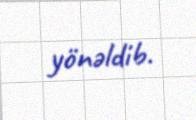
yönəldib.